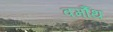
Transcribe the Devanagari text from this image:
वर्मौथ